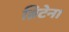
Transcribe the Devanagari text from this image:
ब्रिटेन।